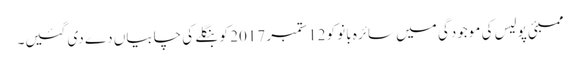
ممبئی پولیس کی موجودگی میں سائرہ بانو کو 12 ستمبر 2017 کو بنگلے کی چابیاں دے دی گئیں۔